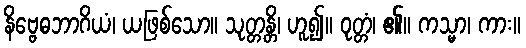
နိဗ္ဗေဓဘာဂိယံ၊ ယဖြစ်သော။ သုတ္တန္တိ၊ ဟူ၍။ ဝုတ္တံ၊ ၏။ ကသ္မာ၊ ကား။